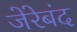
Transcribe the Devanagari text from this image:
जेरेबंद